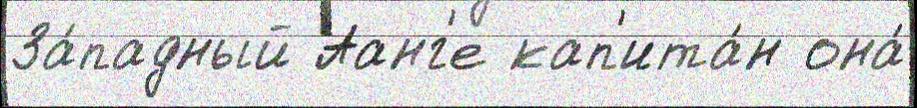
За́падный Аанг'е кап'ита́н она́